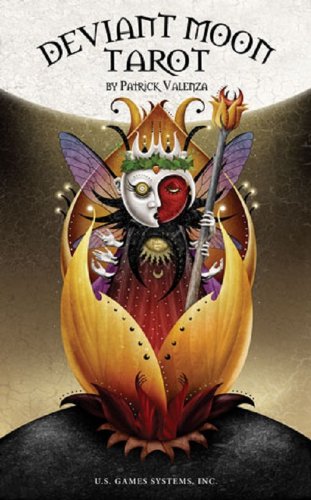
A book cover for Deviant Moon Tarot; Patrick Valenza; Humor & Entertainment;